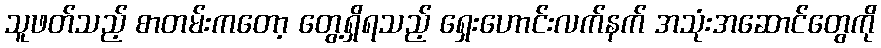
သူဖတ်သည့် စာတမ်းကတော့ တွေ့ရှိရသည့် ရှေးဟောင်းလက်နက် အသုံးအဆောင်တွေကို